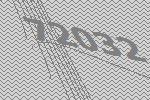
72032